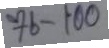
76 - 100